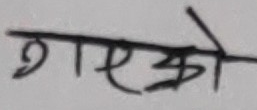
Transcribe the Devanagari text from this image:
गएको